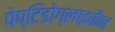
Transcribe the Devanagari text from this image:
पेप्टिडोग्लाइकैन